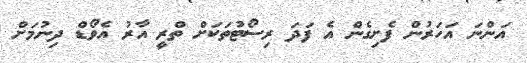
އަންނަ އަހަރުން ފެށިގެން އެ ފަދަ ރިސޯޓުތަކަށް ތްރީ އާރު އެވޯޑް ދިނުމަށް